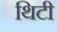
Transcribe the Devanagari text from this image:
थिटी